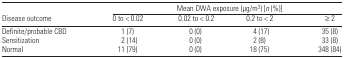
<table><thead><tr><td></td><td colspan="4"><b>Mean DWA exposure (μg/m3) [n (%)]</b></td></tr><tr><td><b>Disease outcome</b></td><td><b>0 to &lt; 0.02</b></td><td><b>0.02 to &lt; 0.2</b></td><td><b>0.2 to &lt; 2</b></td><td><b>≥2</b></td></tr></thead><tbody><tr><td>Definite/probable CBD</td><td>1 (7)</td><td>0 (0)</td><td>4 (17)</td><td>35 (8)</td></tr><tr><td>Sensitization</td><td>2 (14)</td><td>0 (0)</td><td>2 (8)</td><td>33 (8)</td></tr><tr><td>Normal</td><td>11 (79)</td><td>0 (0)</td><td>18 (75)</td><td>348 (84)</td></tr></tbody></table>